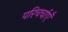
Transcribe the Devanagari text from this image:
परिचर्चाएँ